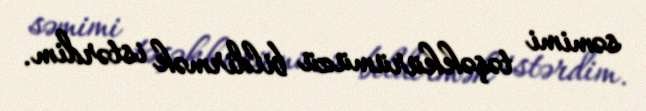
səmimi təşəkkürümüzü bildirmək istərdim.